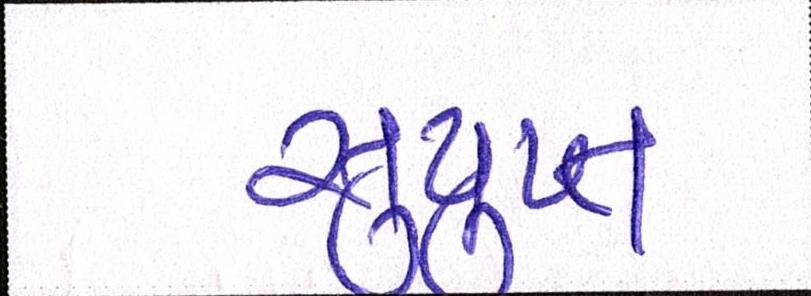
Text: સુષુપ્ત